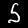
Digit: 5